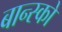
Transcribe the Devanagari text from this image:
बान्स्को